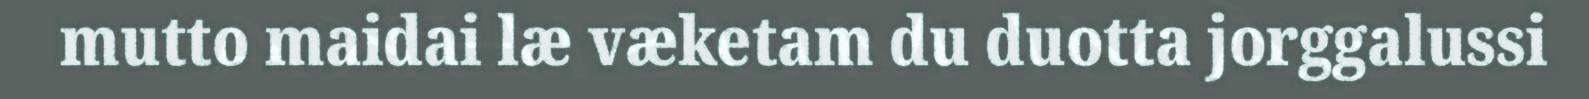
mutto maidai læ væketam du duotta jorggalussi